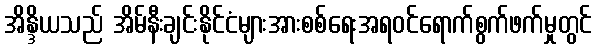
အိန္ဒိယသည် အိမ်နီးချင်းနိုင်ငံများအားစစ်ရေးအရဝင်ရောက်စွက်ဖက်မှုတွင်